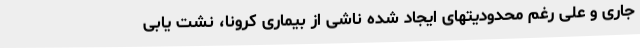
جاری و علی رغم محدودیتهای ایجاد شده ناشی از بیماری کرونا، نشت یابی